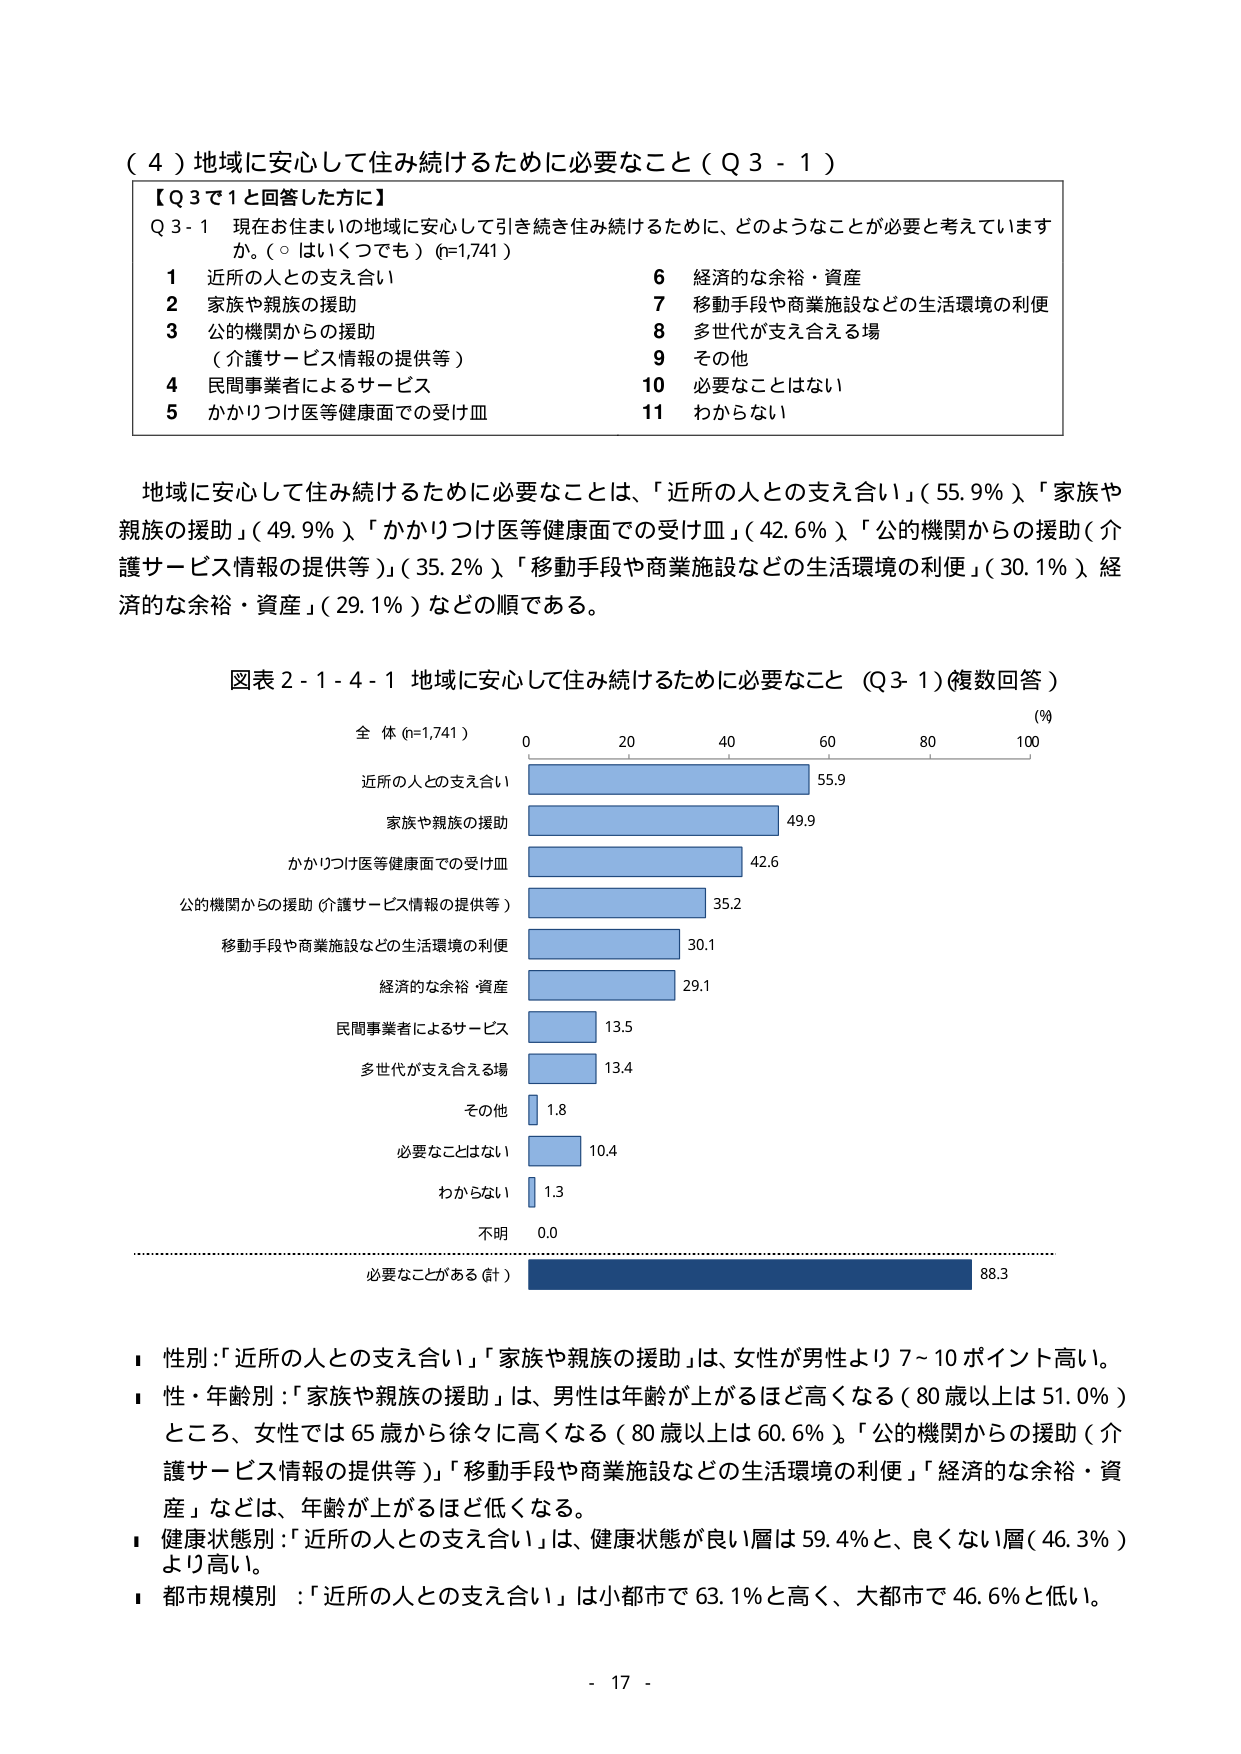
（４）地域に安心して住み続けるために必要なこと（Ｑ３－１）

【Ｑ３で１と回答した方に】
Ｑ３－１　現在お住まいの地域に安心して引き続き住み続けるために、どのようなことが必要と考えていますか。（○はいくつでも）(n=1,741)

1 近所の人との支え合い
2 家族や親族の援助
3 公的機関からの援助
　（介護サービス情報の提供等）
4 民間事業者によるサービス
5 かかりつけ医等健康面での受け皿
6 経済的な余裕・資産
7 移動手段や商業施設などの生活環境の利便
8 多世代が支え合える場
9 その他
10 必要なことはない
11 わからない

地域に安心して住み続けるために必要なことは、「近所の人との支え合い」（55.9％）「家族や親族の援助」（49.9％）「かかりつけ医等健康面での受け皿」（42.6％）「公的機関からの援助（介護サービス情報の提供等）」（35.2％）「移動手段や商業施設などの生活環境の利便」（30.1％）経済的な余裕・資産」（29.1％）などの順である。

図表２－１－４－１ 地域に安心して住み続けるために必要なこと（Ｑ３－１）（複数回答）

全体（n=1,741）
(%)
0　　20　　40　　60　　80　　100

近所の人との支え合い　　　　　　　　　55.9
家族や親族の援助　　　　　　　　　　　49.9
かかりつけ医等健康面での受け皿　　　　42.6
公的機関からの援助（介護サービス情報の提供等）　35.2
移動手段や商業施設などの生活環境の利便　30.1
経済的な余裕・資産　　　　　　　　　　29.1
民間事業者によるサービス　　　　　　　13.5
多世代が支え合える場　　　　　　　　　13.4
その他　　　　　　　　　　　　　　　　1.8
必要なことはない　　　　　　　　　　　10.4
わからない　　　　　　　　　　　　　　1.3
不明　　　　　　　　　　　　　　　　　0.0
--------------------------------------------
必要なことがある（計）　　　　　　　　　88.3

■ 性別：「近所の人との支え合い」「家族や親族の援助」は、女性が男性より7～10ポイント高い。
■ 性・年齢別：「家族や親族の援助」は、男性は年齢が上がるほど高くなる（80歳以上は51.0％）ところ、女性では65歳から徐々に高くなる（80歳以上は60.6％）。「公的機関からの援助（介護サービス情報の提供等）」「移動手段や商業施設などの生活環境の利便」「経済的な余裕・資産」などは、年齢が上がるほど低くなる。
■ 健康状態別：「近所の人との支え合い」は、健康状態が良い層は59.4％と、良くない層（46.3％）より高い。
■ 都市規模別：「近所の人との支え合い」は小都市で63.1％と高く、大都市で46.6％と低い。

- 17 -